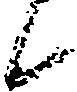
候